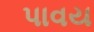
પાવય